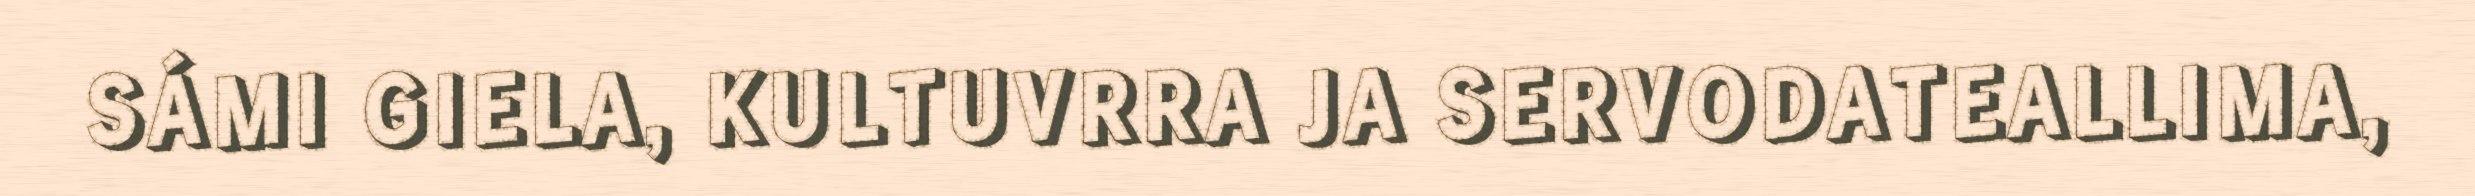
SÁMI GIELA, KULTUVRRA JA SERVODATEALLIMA,